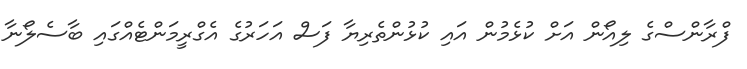
ފްރާންސްގެ ލިއޯން އަށް ކުޅެމުން އައި ކުޅުންތެރިޔާ ފަސް އަހަރުގެ އެގްރީމަންޓެއްގައި ބާސެލޯނާ